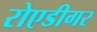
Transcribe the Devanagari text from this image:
रोएडीगर